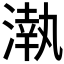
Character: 𣼳